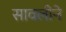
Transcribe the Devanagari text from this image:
सावलीने